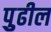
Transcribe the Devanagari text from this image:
पुुढील